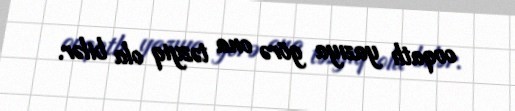
ovqatlı yazıya görə ona təzyiq ola bilər.